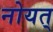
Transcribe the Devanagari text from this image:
नोयत्